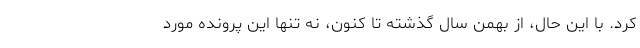
کرد. با این حال، از بهمن سال گذشته تا کنون، نه تنها این پرونده مورد